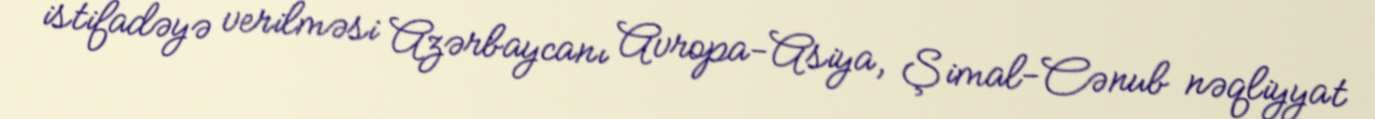
istifadəyə verilməsi Azərbaycanı Avropa-Asiya, Şimal-Cənub nəqliyyat